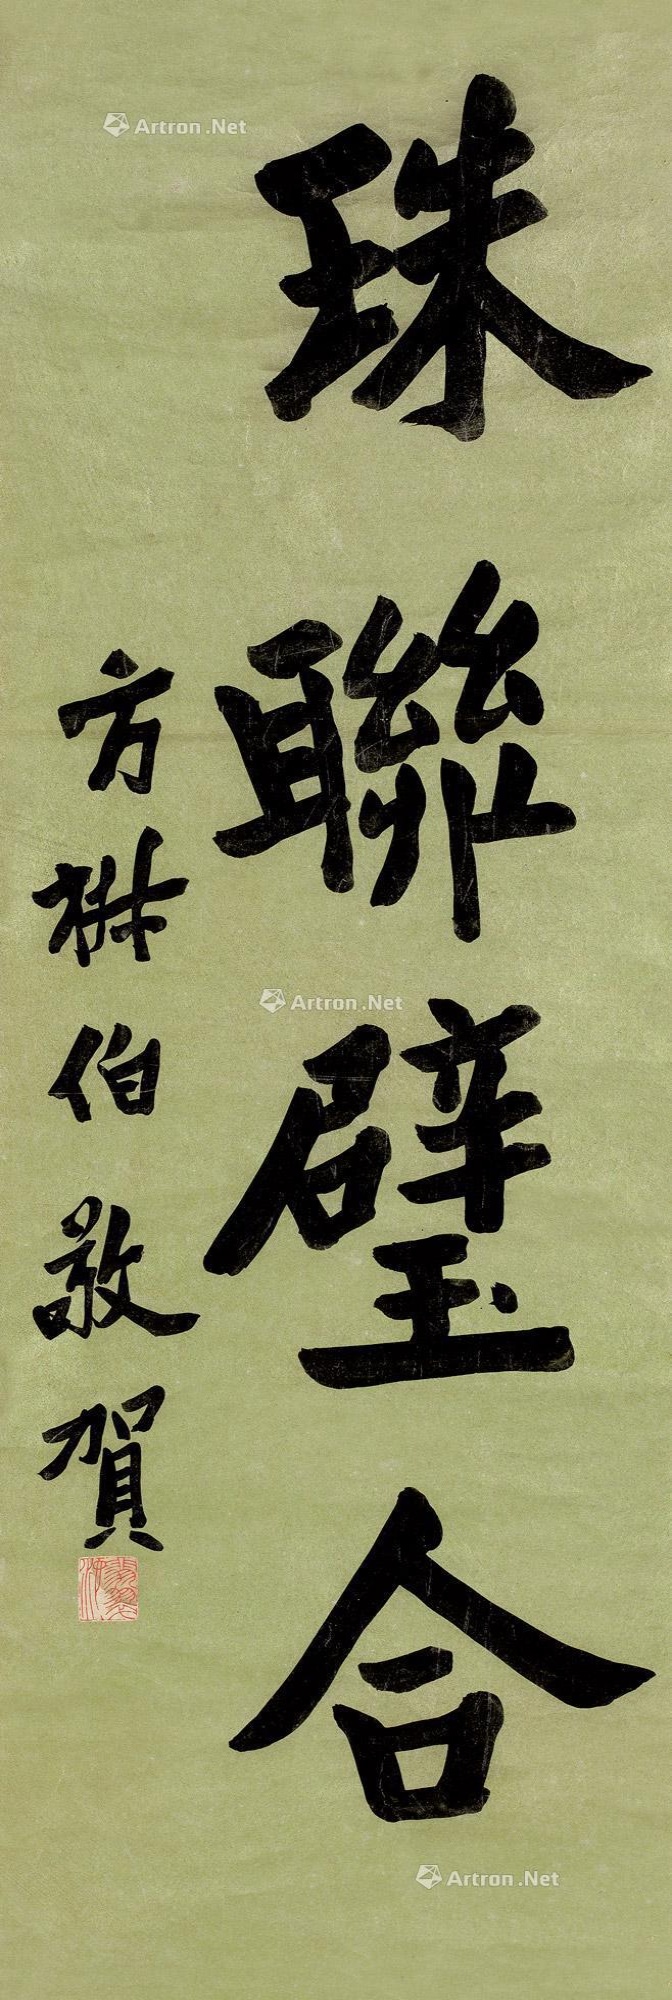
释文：珠联璧合。方椒伯敬贺。